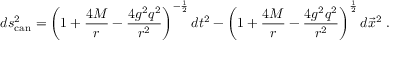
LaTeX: d s _ { \mathrm { c a n } } ^ { 2 } = \left( 1 + { \frac { 4 M } { r } } - { \frac { 4 g ^ { 2 } q ^ { 2 } } { r ^ { 2 } } } \right) ^ { - { \frac { 1 } { 2 } } } d t ^ { 2 } - \left( 1 + { \frac { 4 M } { r } } - { \frac { 4 g ^ { 2 } q ^ { 2 } } { r ^ { 2 } } } \right) ^ { \frac { 1 } { 2 } } d \vec { x } ^ { 2 } \ .